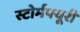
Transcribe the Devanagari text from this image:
स्टोर्मफ्यूरी